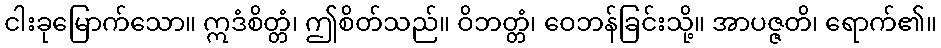
ငါးခုမြောက်သော။ ဣဒံစိတ္တံ၊ ဤစိတ်သည်။ ဝိဘတ္တံ၊ ဝေဘန်ခြင်းသို့။ အာပဇ္ဇတိ၊ ရောက်၏။